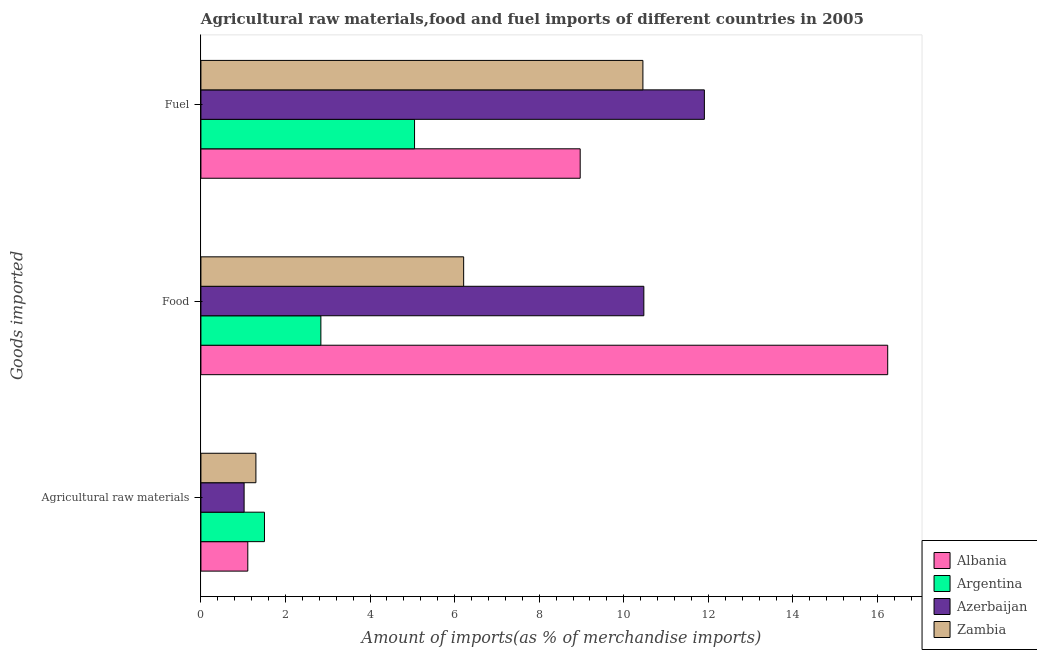
| Goods imported | Albania | Argentina | Azerbaijan | Zambia |
 | --- | --- | --- | --- | --- |
 | Agricultural raw materials | 1.11 | 1.5 | 1.02 | 1.3 |
 | Food | 16.2 | 2.84 | 10.5 | 6.21 |
 | Fuel | 8.97 | 5.05 | 11.9 | 10.5 |